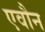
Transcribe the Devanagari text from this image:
एवौन